Report of the Indian Hemp Drugs Commission, 1894-1895 - Volume VII
Year: 1894
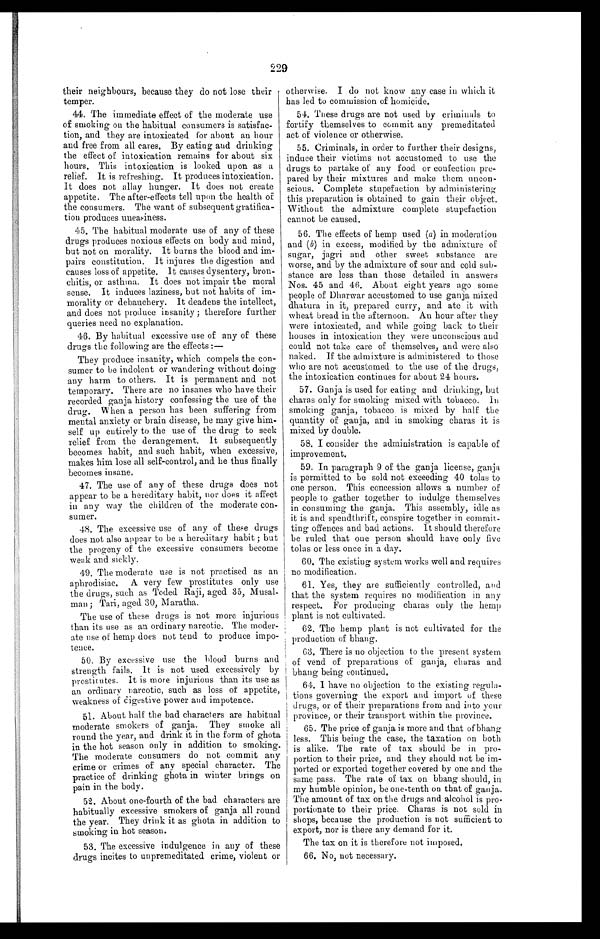
229
their neighbours, because they do not lose their
temper.
44. The immediate effect of the moderate use
of smoking on the habitual consumers is satisfac-
tion, and they are intoxicated for about an hour
and free from all cares. By eating and drinking
the effect of intoxication remains for about six
hours. This intoxication is looked upon as a
relief. It is refreshing. It produces intoxication.
It does not allay hunger. It does not create
appetite. The after-effects tell upon the health of
the consumers. The want of subsequent gratifica-
tion produces uneasiness.
45. The habitual moderate use of any of these
drugs produces noxious effects on body and mind,
but not on morality. It burns the blood and im-
pairs constitution. It injures the digestion and
causes loss of appetite. It causes dysentery, bron-
chitis, or asthma. It does not impair the moral
sense. It induces laziness, but not habits of im-
morality or debauchery. It deadens the intellect,
and does not produce insanity ; therefore further
queries need no explanation.
46. By habitual excessive use of any of these
drugs the following are the effects :
—
They produce insanity, which compels the con-
sumer to be indolent or wandering without doing
any harm to others. It is permanent and not
temporary. There are no insanes who have their
recorded ganja history confessing the use of the
drug. When a person has been suffering from
mental anxiety or brain disease, he may give him-
self up entirely to the use of the drug to seek
relief from the derangement. It subsequently
becomes habit, and such habit, when excessive,
makes him lose all self-control, and he thus finally
becomes insane.
47. The use of any of these drugs does not
appear to be a hereditary habit, nor does it affect
in any way the children of the moderate con-
sumer.
48. The excessive use of any of these drugs
does not also appear to be a hereditary habit ; but
the progeny of the excessive consumers become
weak and. sickly.
49. The moderate use is not practised as an
aphrodisiac. A very few prostitutes only use
the drugs, such as Toded Raji, aged 35, Musal-
man ; Tari, aged 30, Maratha.
The use of these drugs is not more injurious
than its use as an ordinary narcotic. The moder-
ate use of hemp does not tend to produce impo-
tence.
50. By excessive use the blood burns and
strength fails. It is not used excessively by
prostitutes. It is more injurious than its use as
an ordinary narcotic, such as loss of appetite,
weakness of digestive power and impotence.
51. About half the bad characters are habitual
moderate smokers of ganja. They smoke all
round the year, and drink it in the form of ghota
in the hot season only in addition to smoking.
The moderate consumers do not commit any
crime or crimes of any special character. The
practice of drinking ghota in winter brings on
pain in the body.
52. About one-fourth of the bad characters are
habitually excessive smokers of ganja all round
the year. They drink it as ghota in addition to
smoking in hot season.
53. The excessive indulgence in any of these
drugs incites to unpremeditated crime, violent or
otherwise. I do not know any case in which it
has led to commission of homicide.
54. These drugs are not used by criminals to
fortify themselves to commit any premeditated
act of violence or otherwise.
55. Criminals, in order to further their designs,
induce their victims not accustomed to use the
drugs to partake of any food or confection pre-
pared by their mixtures and make them uncon-
scious. Complete stupefaction by administering
this preparation is obtained to gain their object.
-Without the admixture complete stupefaction
cannot be caused.
56. The effects of hemp used ( a ) in moderation
and (b) in excess, modified by the admixture of
sugar, jagri and other sweet substance are
worse, and by the admixture of sour and cold sub-
stance are less than those detailed in answers
Nos. 45 and 46. About eight years ago some
people of Dharwar accustomed to use ganja mixed
dhatura in it, prepared curry, and ate it with
wheat bread in the afternoon. An hour after they
were intoxicated, and while going back to their
houses in intoxication they were unconscious and
could not take care of themselves, and were also
naked. If the admixture is administered to those
who are not accustomed to the use of the drugs,
the intoxication continues for about 24 hours.
57. Ganja is used for eating and drinking, but
charas only for smoking mixed with tobacco. In
smoking ganja, tobacco is mixed by half the
quantity of ganja, and in smoking charas it is
mixed by double.
58. I consider the administration is capable of
improvement.
59. In paragraph 9 of the ganja license, ganja
is permitted to be sold. not exceeding 40 tolas to
one person. This concession allows a number of
people to gather together to indulge themselves
in consuming the ganja. This assembly, idle as
it is and spendthrift, conspire together in commit-
ting offences and bad actions. It should therefore
be ruled that one person should have only five
tolas or less once in a day.
60. The existing system works well and requires
no modification.
61. Yes, they are sufficiently controlled, and
that the system requires no modification in any
respect. For producing charas only the hemp
plant is not cultivated.
62. The hemp plant is not cultivated for the
production of bhang.
63. There is no objection to the present system
of vend of preparations of ganja, charas and
bhang being continued.
64. I have no objection to the existing regula-
tions governing the export and import of these
drugs, or of their preparations from and into your
province, or their transport within the province,
65. The price of ganja is more and that of bhang
less. This being the case, the taxation on both
is alike. The rate of tax should be in pro-
portion to their price, and they should not be im-
ported or exported together covered by one and the
same pass. The rate of tax on bhang should, in
my humble opinion, be one-tenth on that of ganja.
The amount of tax on the drugs and alcohol is pro-
portionate to their price. Charas is not sold in
shops, because the production is not sufficient to
export, nor is there any demand for it.
The tax on it is therefore not imposed.
66. No, not necessary.